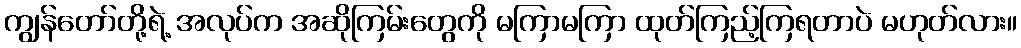
ကျွန်တော်တို့ရဲ့ အလုပ်က အဆိုကြမ်းတွေကို မကြာမကြာ ထုတ်ကြည့်ကြရတာပဲ မဟုတ်လား။